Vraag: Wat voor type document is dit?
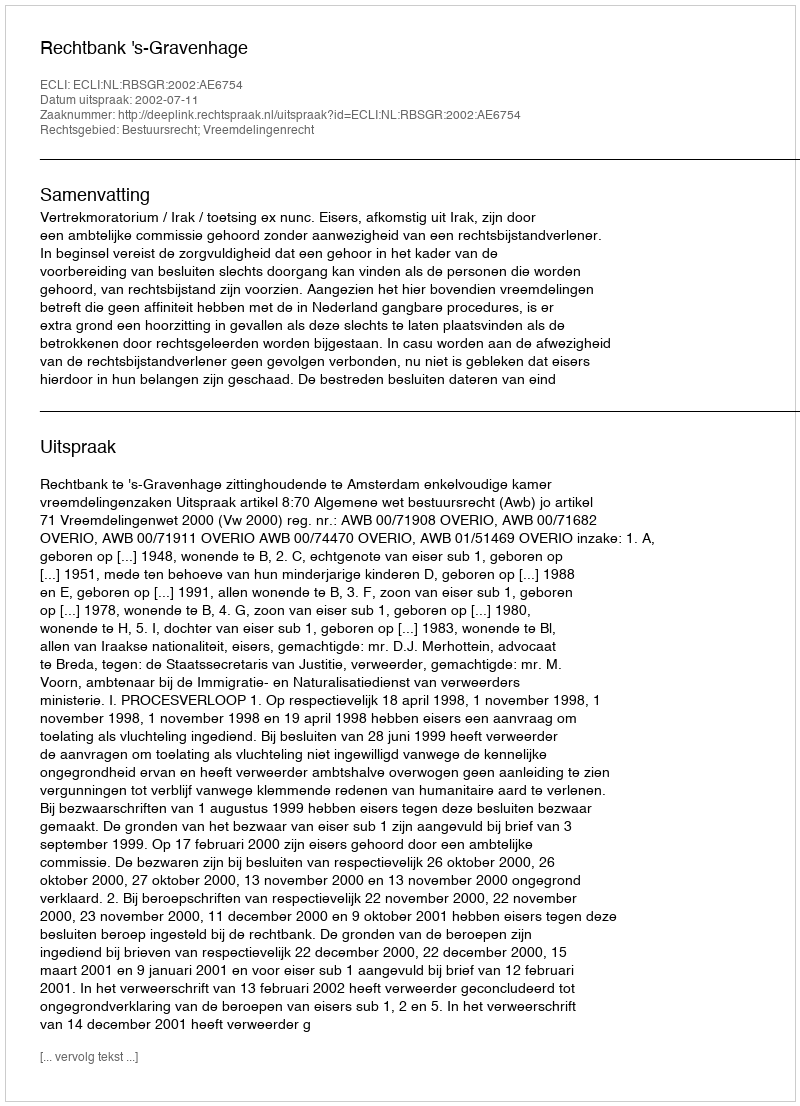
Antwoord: Uitspraak